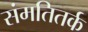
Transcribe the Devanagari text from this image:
संमतितर्क